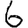
Digit: 6